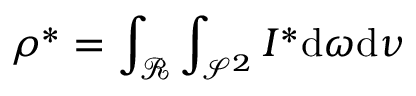
\rho ^ { * } = \int _ { \mathcal { R } } \int _ { \mathcal { S } ^ { 2 } } I ^ { * } \mathrm { d } \omega \mathrm { d } \nu